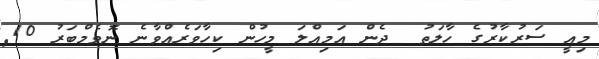
މިއީ ސަރުކާރުގެ ހާލަތު  ދެން އަމިއްލަ މީހުން ކިހާވަރެއްވާނެ ނޮވެމްބަރު 10